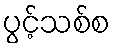
ပွင့်သစ်စ